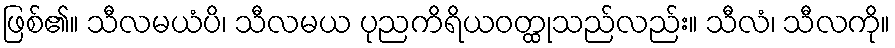
ဖြစ်၏။ သီလမယံပိ၊ သီလမယ ပုညကိရိယဝတ္ထုသည်လည်း။ သီလံ၊ သီလကို။